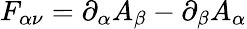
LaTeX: F_{\alpha\nu}=\partial_{\alpha}A_{\beta}-\partial_{\beta}A_{\alpha}